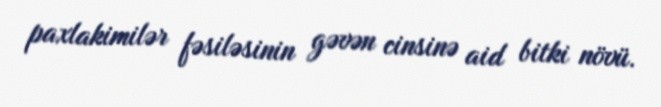
paxlakimilər fəsiləsinin gəvən cinsinə aid bitki növü.